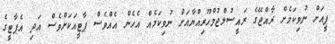
ޕީއަށް ނުވިކަމެށް ރާއްޖޭގެ ރައީސުލްޖުމްހޫރިއްޔާއަށް ނުވިކަމެއް އެހެން އެއްވެސް ޕާޓީއަކަށްވެސް އަދި އެޕާޓީގެ